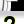
Digit: 2